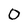
Character: O